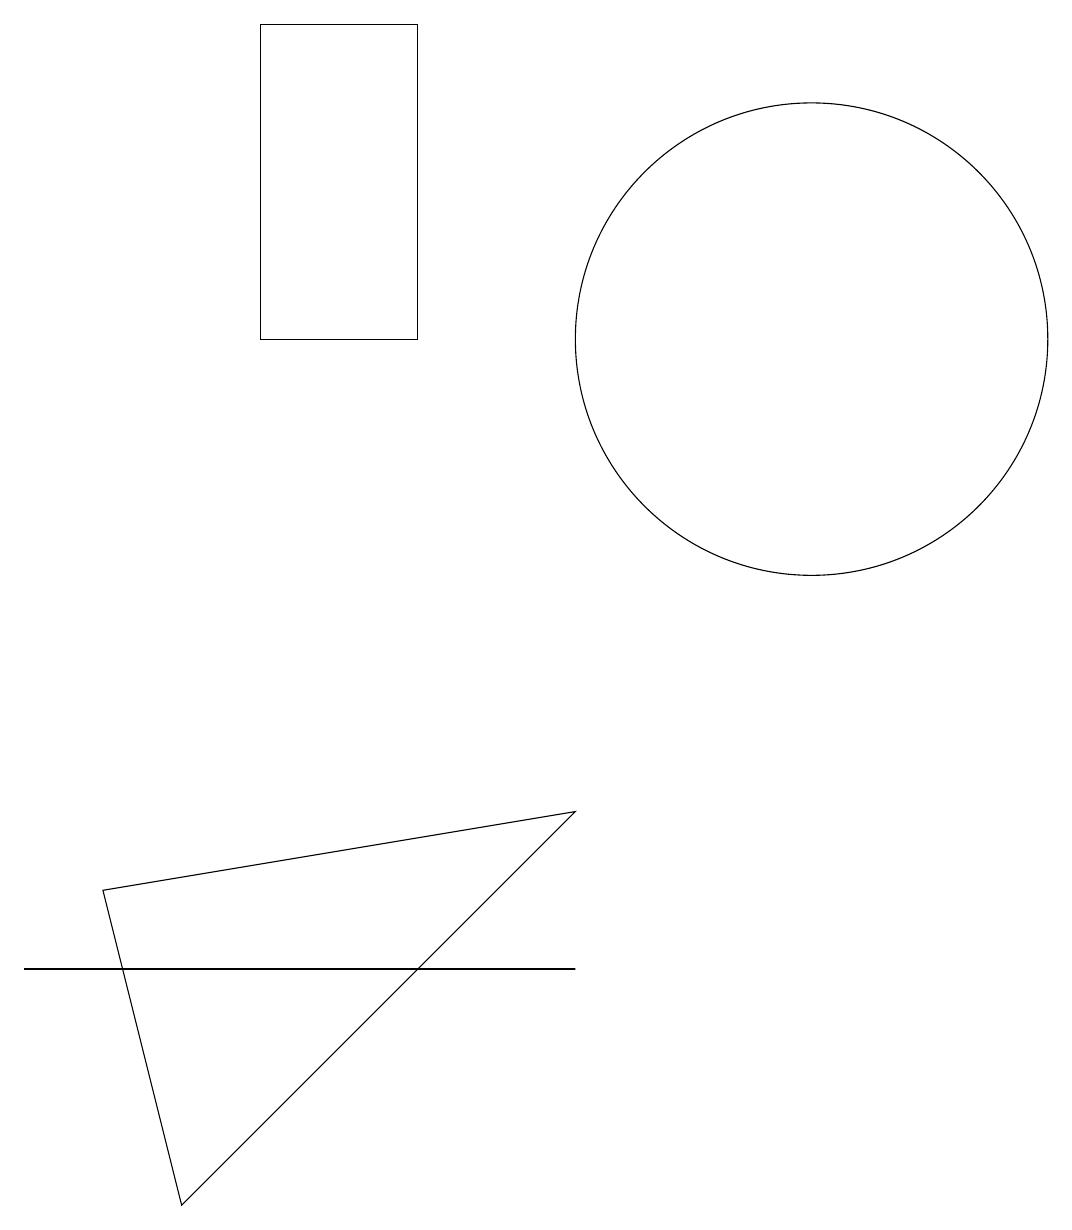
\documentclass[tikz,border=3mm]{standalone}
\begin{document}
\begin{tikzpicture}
\draw (7,6) -- (1,5) -- (2,1) -- cycle;
\draw (10,12) circle (3);
\draw (3,16) rectangle (5,12);
\draw (4,4) -- (7,4) -- (0,4) -- cycle;
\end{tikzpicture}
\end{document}